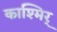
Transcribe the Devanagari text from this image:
काश्मिर्